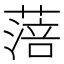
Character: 𦹃